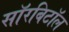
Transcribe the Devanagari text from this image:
सॉरबिटॉल